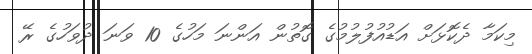
މިކަމާ ދެކޮޅަށް އަޑުއުފުލުމުގެ ގޮތުން އަންނަ މަހުގެ 10 ވަނަ ދުވަހުގެ ރޭ